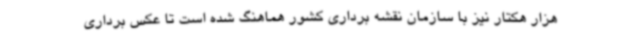
هزار هکتار نیز با سازمان نقشه برداری کشور هماهنگ شده است تا عکس برداری